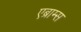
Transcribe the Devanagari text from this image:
एब्राम्‍स